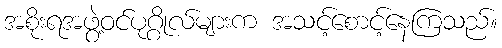
အစိုးရအဖွဲ့ဝင်ပုဂ္ဂိုလ်များက အသင့်စောင့်နေကြသည်။